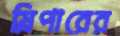
স্লিপারের